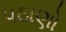
પઠાણો